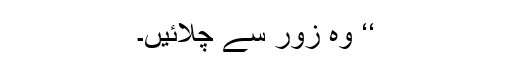
‘‘ وہ زور سے چلاّئیں۔